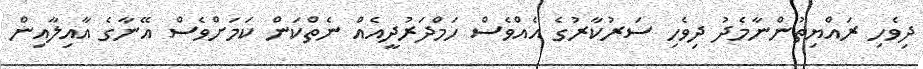
ދިވެހި ރައްޔިތުންނާމެދު ދިވެހި ސަރުކާރުގެ އެއްވެސް ހަމްދަރުދީއެއް ނެތްކަން ކަމަށްވެސް އޭނާގެ އާއިލާއިން